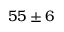
5 5 \pm 6